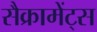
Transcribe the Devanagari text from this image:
सैक्रामेंट्स